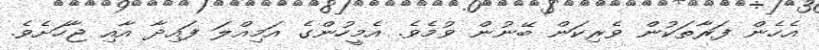
އެހެން ފަރާތަކުން ވެރިކަން ބޭނުން ވުމެވެ. އެމީހުންގެ އަމިއްލަ ފައިދާ އާއި ޖާހަށެވެ.